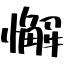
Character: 懈